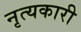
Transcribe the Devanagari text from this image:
नृत्यकारी